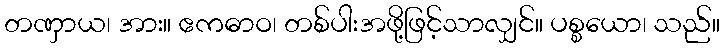
တဏှာယ၊ အား။ ဧကဓာဝ၊ တစ်ပါးအဖို့ဖြင့်သာလျှင်။ ပစ္စယော၊ သည်။